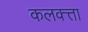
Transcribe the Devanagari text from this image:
कलक्‍त्ता